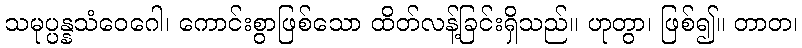
သမုပ္ပန္နသံဝေဂေါ၊ ကောင်းစွာဖြစ်သော ထိတ်လန့်ခြင်းရှိသည်။ ဟုတွာ၊ ဖြစ်၍။ တာတ၊